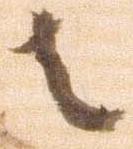
者